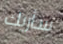
سأريك